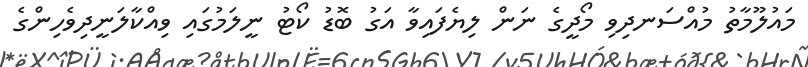
މައުލޫމާތު މުއްސަނދިވި މޯދީގެ ނަން ލިޔެފައިވާ އަގު ބޮޑު ކޯޓު ނީލަމުގައި ވިއްކާލަނީދިވެހިންގެ